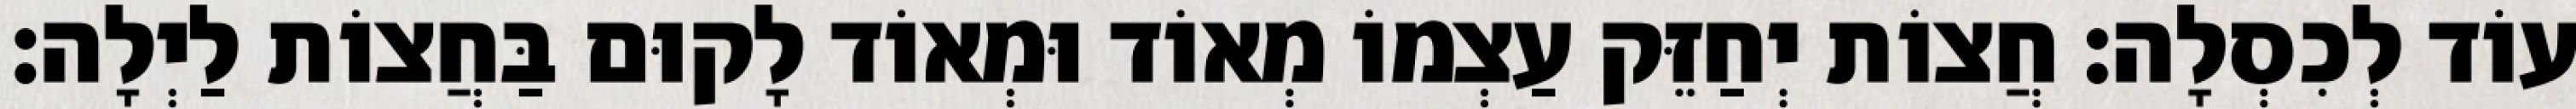
עוֹד לְכִסְלָה: חֲצוֹת יְחַזֵּק עַצְמוֹ מְאוֹד וּמְאוֹד לָקוּם בַּחֲצוֹת לַיְלָה: